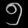
Digit: ၅